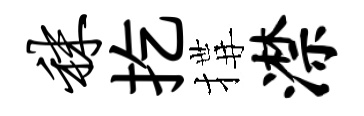
秣扢搆潸